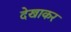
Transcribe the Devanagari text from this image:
देखाकर